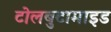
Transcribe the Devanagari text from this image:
टोलबुटामाइड